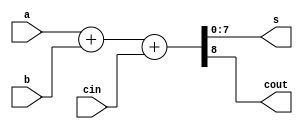
module adder #(parameter N=8)(input [N-1:0]a,b,input cin,output [N-1:0]s,output cout);
	assign {cout,s} = a + b + cin;
endmodule


module adder_tb;
	parameter N =32;
	reg[N-1:0] a,b;
	reg cin;
	wire[N-1:0] s;
	wire cout;
	
	adder #(N)DUT(.a(a),.b(b),.cin(cin),.s(s),.cout(cout));

	initial
	begin
		a = 10;b=20;cin = 1;			//cout = 0;s = 31
		#10;
		a = 30;b=40;cin = 0;			//cout = 0;s = 70
		#10;
		a = 2147483648;b = 2147483648;cin = 0;//cout = 1,s = 0
		#10;
		a = 2147483648;b = 2147483648;cin = 1;//cout = 1,s = 1
	end
	
endmodule